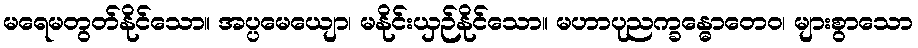
မရေမတွတ်နိုင်သော။ အပ္ပမေယျော၊ မနိုင်းယှဉ်နိုင်သော။ မဟာပုညက္ခန္ဓောတေဝ၊ များစွာသော